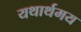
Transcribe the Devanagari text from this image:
यथार्थमय